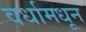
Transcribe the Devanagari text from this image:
वर्धामधून